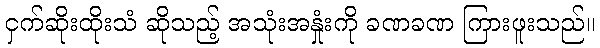
ငှက်ဆိုးထိုးသံ ဆိုသည့် အသုံးအနှုံးကို ခဏခဏ ကြားဖူးသည်။